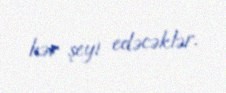
hər şeyi edəcəklər.